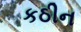
કઠીન